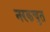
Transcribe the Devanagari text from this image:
नरकचुत